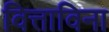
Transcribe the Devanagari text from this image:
वित्ताविना